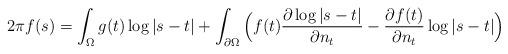
LaTeX: \begin{align*}2\pi f(s)=\int_\Omega g(t)\log|s-t|+\int_{\partial \Omega}\Big(f(t)\frac{\partial\log|s-t|}{\partial n_t}-\frac{\partial f(t)}{\partial n_t}\log|s-t|\Big)\end{align*}